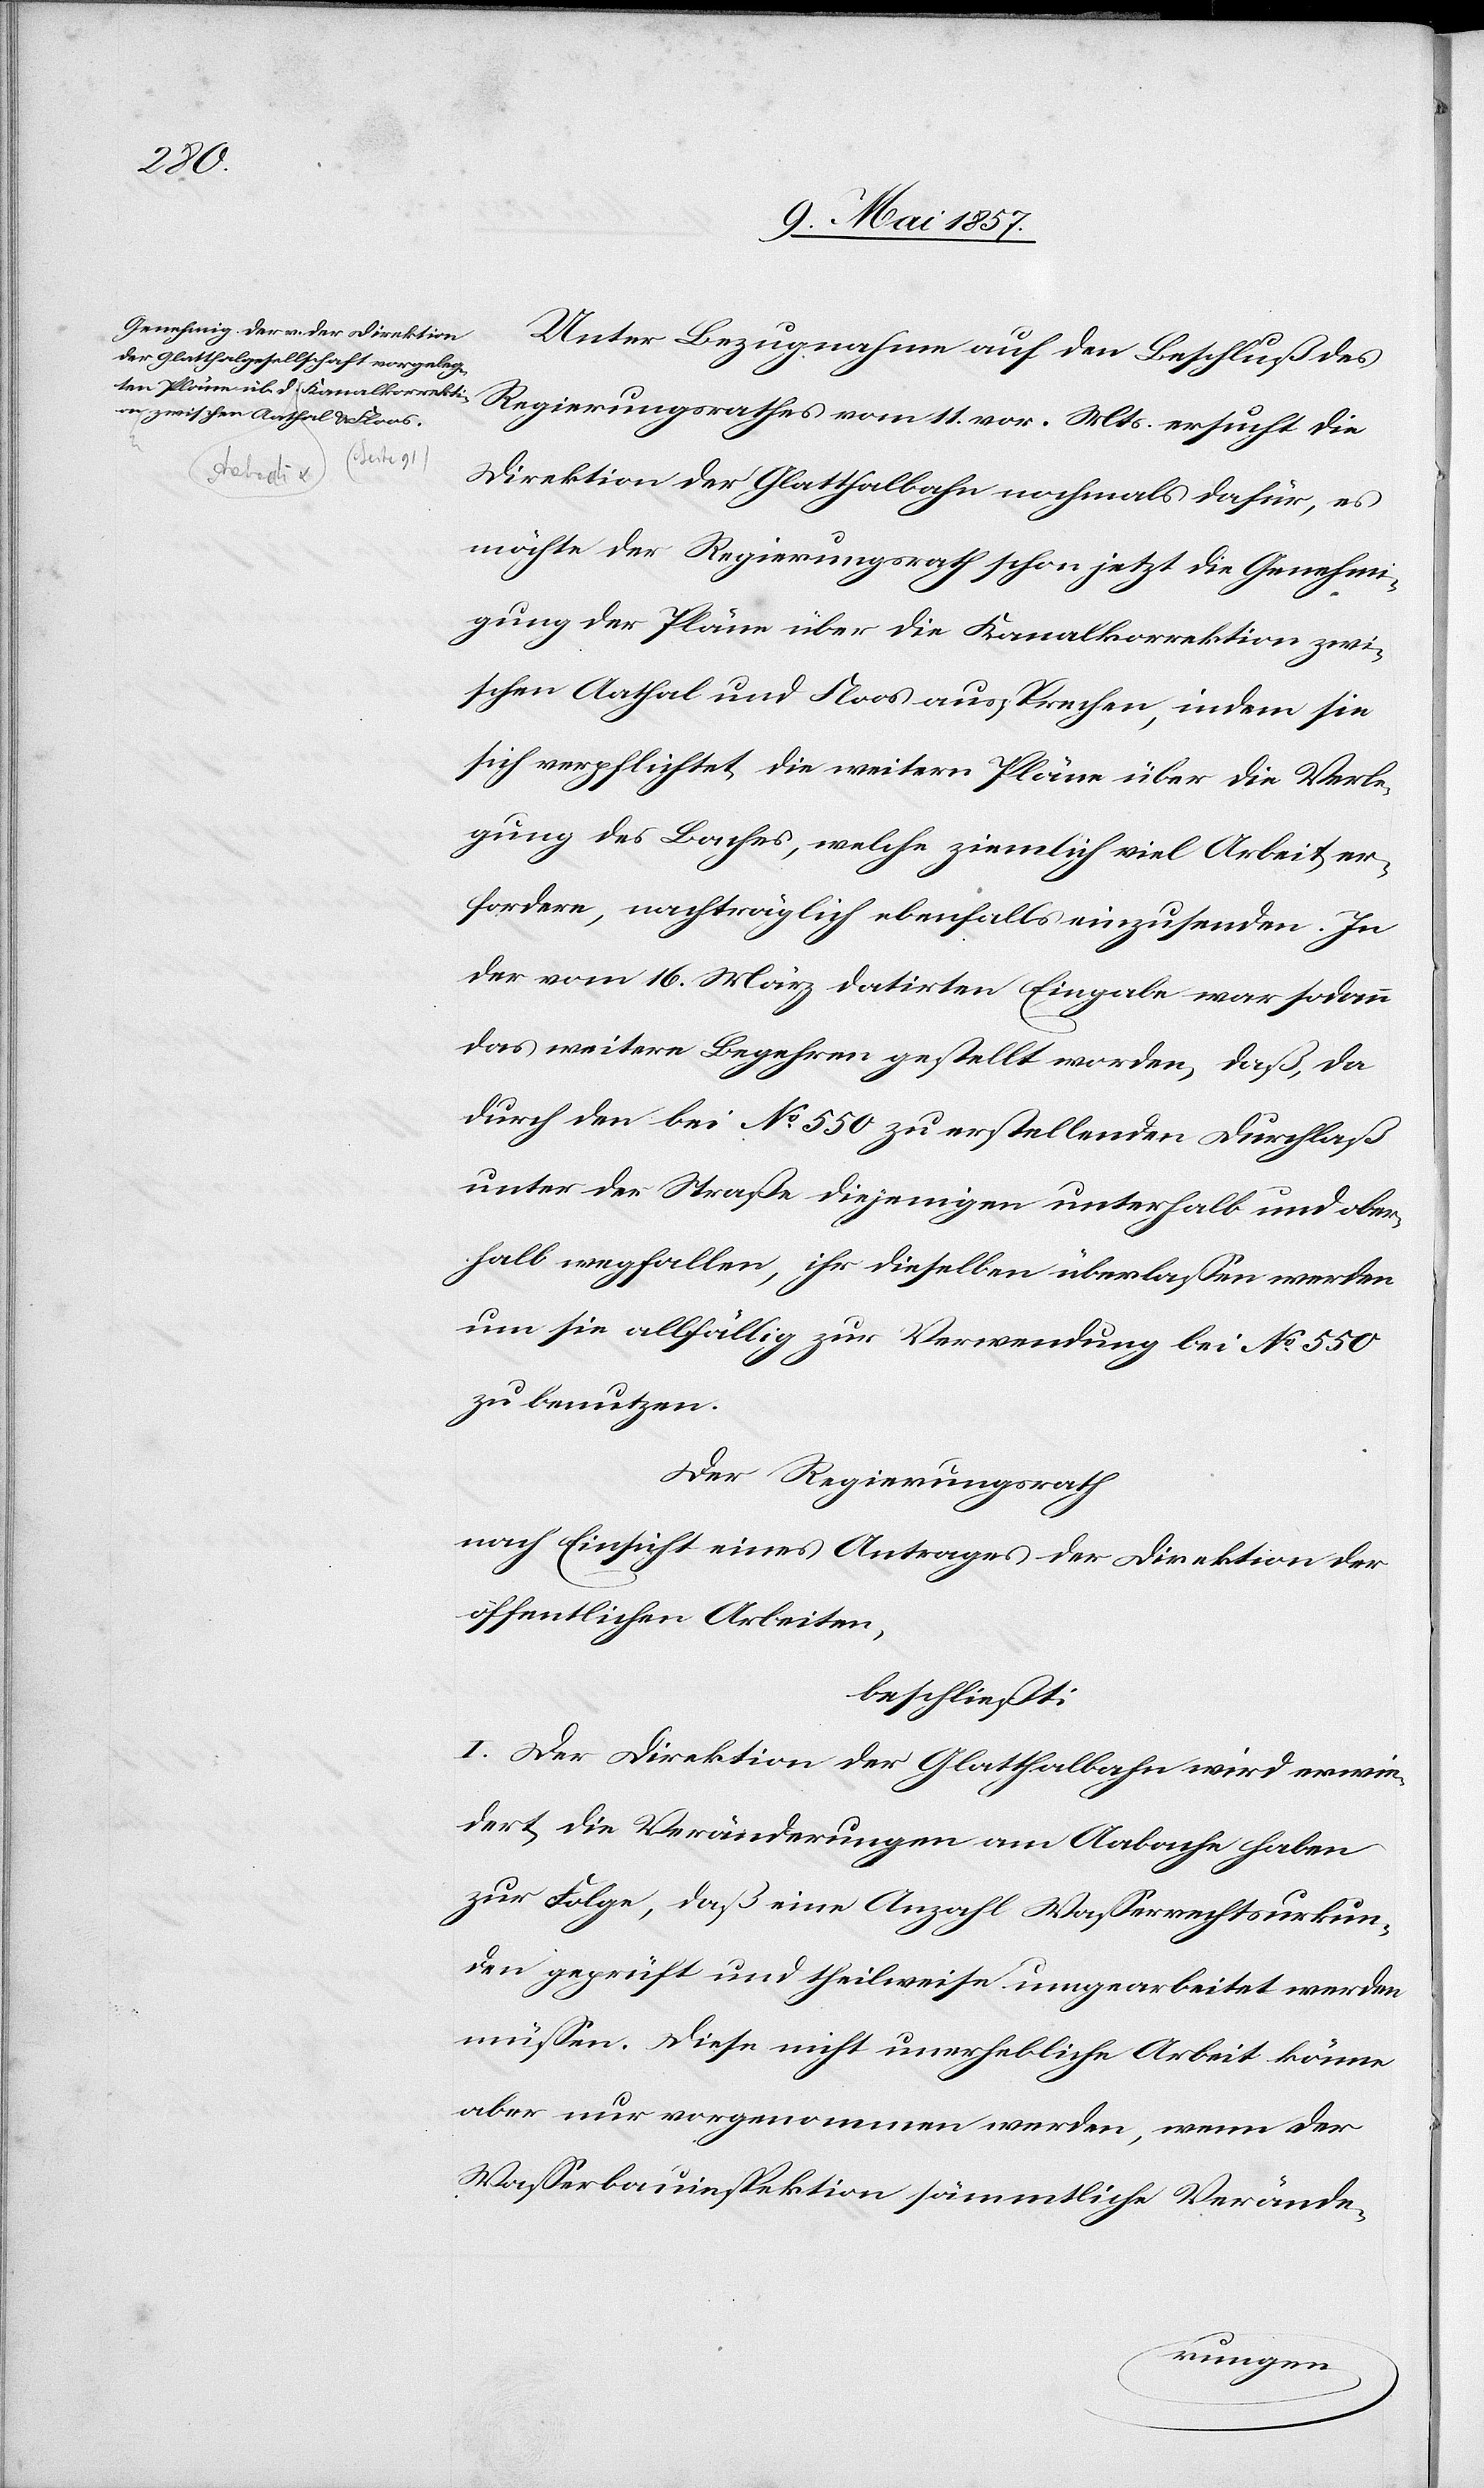
Mts.
Unter Bezugnahme auf den Beschluß des
Direktion der Glatthalbahn nochmals dafür, es
möchte der Regierungsrath schon jetzt die Genehmi¬
gung der Pläne über die Kanalkorrektion zwi¬
schen Aathal und Floos aussprechen, indem sie
sich verpflichtet die weitern Pläne über die Verle¬
gung des Baches, welche ziemlich viel Arbeit er¬
fordern, nachträglich ebenfalls einsenden. In
der vom 16 März datirten Eingabe war sodann
das weitere Begehren gestellt worden, daß, da
durch den bei No 550 zu erstellenden Durchlaß
unter der Straße diejenigen unterhalb und ober¬
halb wegfallen, ihr dieselben überlaßen werden
um sie allfällige zur Verwendung bei No 550
zu benutzen.
Der Regierungsrath
nach Einsicht eines Antrages der Direktion der
öffentlichen Arbeiten,
beschließt:
I. Der Direktion der Glatthalbahn wird erwie¬
dert die Veränderungen am Aabache haben
zur Folge, daß eine Anzahl Wasserrechtsurkun¬
den geprüft und theilweise umgearbeitet werden
müssen. Diese nicht unerhebliche Arbeit könne
aber nur vorgenommen werden, wenn der
Wasserbauinspektion sämmtliche Verände-